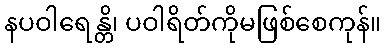
နပဝါရေန္တိ၊ ပဝါရိတ်ကိုမဖြစ်စေကုန်။